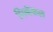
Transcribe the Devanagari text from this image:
पिनॅकल